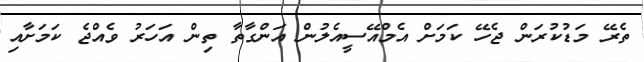
ތެރޭ މަޑުކުރަން ޖެހޭ ކަމަށް އެމްއޭސީއެލުން އަންގާތާ ތިން އަހަރު ވެއްޖެ ކަމަށާއި